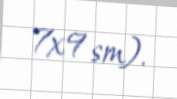
7x9 sm).